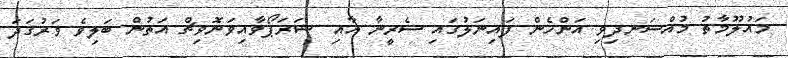
މައުލޫމާތު މުއްސަނދިވި އަންހެން ފައިނަލުގައި ސެރީނާ އާއި ޝަރަޕޯވާއިވަނޮވިޗް އަތުން ބަލިވެ ވަރުގަދަ